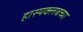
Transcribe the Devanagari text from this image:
हास्यक्लबच्या